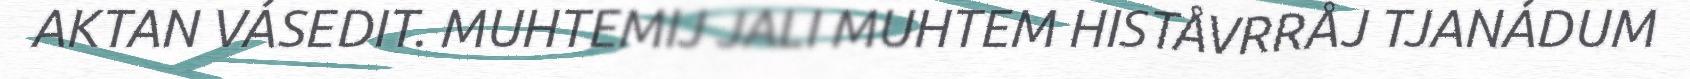
AKTAN VÁSEDIT. MUHTEMIJ JALI MUHTEM HISTÅVRRÅJ TJANÁDUM